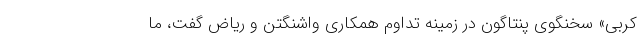
کربی» سخنگوی پنتاگون در زمینه تداوم همکاری واشنگتن و ریاض گفت، ما